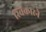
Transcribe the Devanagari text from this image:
स्विकारने